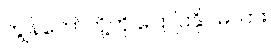
ကျွန်တော်တို့ကို ပြောပြနိုင်မလား